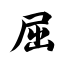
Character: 屈